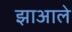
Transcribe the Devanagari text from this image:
झाआले